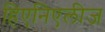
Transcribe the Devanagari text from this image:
हिएनिएलीज